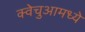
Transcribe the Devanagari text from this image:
क्वेचुआमध्ये